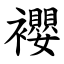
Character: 䙬